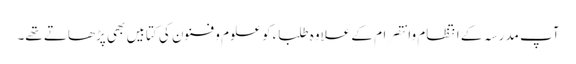
آپ مدرسہ کے انتظام وانتصرام کے علاوہ طلباء کو علوم و فنون کی کتابیں بھی پڑھاتے تھے۔